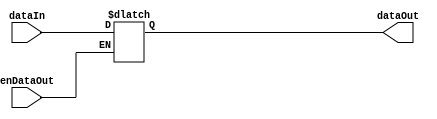
module enDataOut(dataOut, dataIn, enDataOut);

output reg [7:0] dataOut;
input wire [7:0] dataIn;
input wire enDataOut; 

always@(enDataOut)
begin
	if(enDataOut)
	begin
		dataOut <= dataIn;
	end
end

endmodule